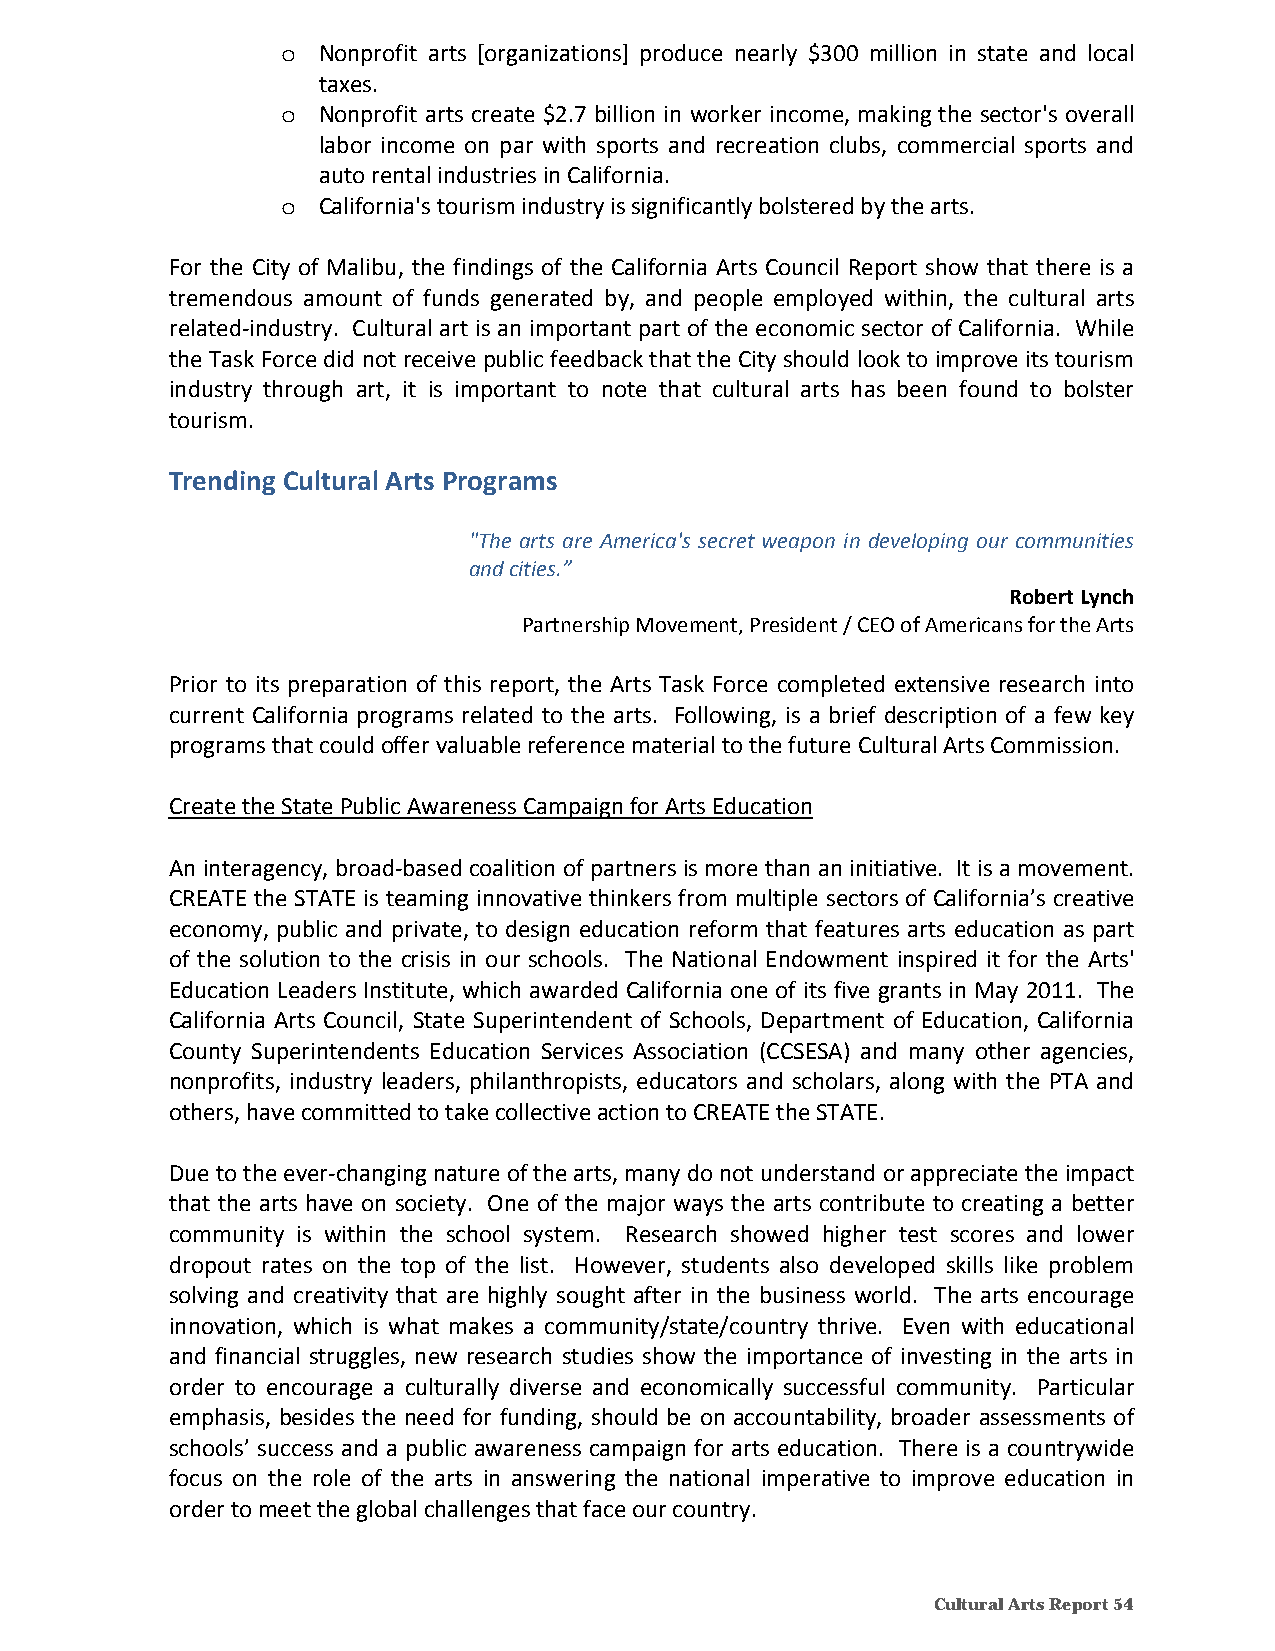
o Nonprofit arts [organizations] produce nearly $300 million in state and local
 taxes.
 o Nonprofit arts create $2.7 billion in worker income, making the sector's overall
 labor income on par with sports and recreation clubs, commercial sports and
 auto rental industries in California.
 o California's tourism industry is significantly bolstered by the arts.
 For the City of Malibu, the findings of the California Arts Council Report show that there is a
 tremendous amount of funds generated by, and people employed within, the cultural arts
 related‐industry. Cultural art is an important part of the economic sector of California. While
 the Task Force did not receive public feedback that the City should look to improve its tourism
 industry through art, it is important to note that cultural arts has been found to bolster
 tourism.
 Trending Cultural Arts Programs
 "The arts are America's secret weapon in developing our communities
 and cities.”
 Robert Lynch
 Partnership Movement, President / CEO of Americans for the Arts
 Prior to its preparation of this report, the Arts Task Force completed extensive research into
 current California programs related to the arts. Following, is a brief description of a few key
 programs that could offer valuable reference material to the future Cultural Arts Commission.
 Create the State Public Awareness Campaign for Arts Education
 An interagency, broad‐based coalition of partners is more than an initiative. It is a movement.
 CREATE the STATE is teaming innovative thinkers from multiple sectors of California’s creative
 economy, public and private, to design education reform that features arts education as part
 of the solution to the crisis in our schools. The National Endowment inspired it for the Arts'
 Education Leaders Institute, which awarded California one of its five grants in May 2011. The
 California Arts Council, State Superintendent of Schools, Department of Education, California
 County Superintendents Education Services Association (CCSESA) and many other agencies,
 nonprofits, industry leaders, philanthropists, educators and scholars, along with the PTA and
 others, have committed to take collective action to CREATE the STATE.
 Due to the ever‐changing nature of the arts, many do not understand or appreciate the impact
 that the arts have on society. One of the major ways the arts contribute to creating a better
 community is within the school system. Research showed higher test scores and lower
 dropout rates on the top of the list. However, students also developed skills like problem
 solving and creativity that are highly sought after in the business world. The arts encourage
 innovation, which is what makes a community/state/country thrive. Even with educational
 and financial struggles, new research studies show the importance of investing in the arts in
 order to encourage a culturally diverse and economically successful community. Particular
 emphasis, besides the need for funding, should be on accountability, broader assessments of
 schools’ success and a public awareness campaign for arts education. There is a countrywide
 focus on the role of the arts in answering the national imperative to improve education in
 order to meet the global challenges that face our country.
 Cultural Arts Report 54